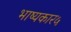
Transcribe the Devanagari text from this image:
भाष्यकार५